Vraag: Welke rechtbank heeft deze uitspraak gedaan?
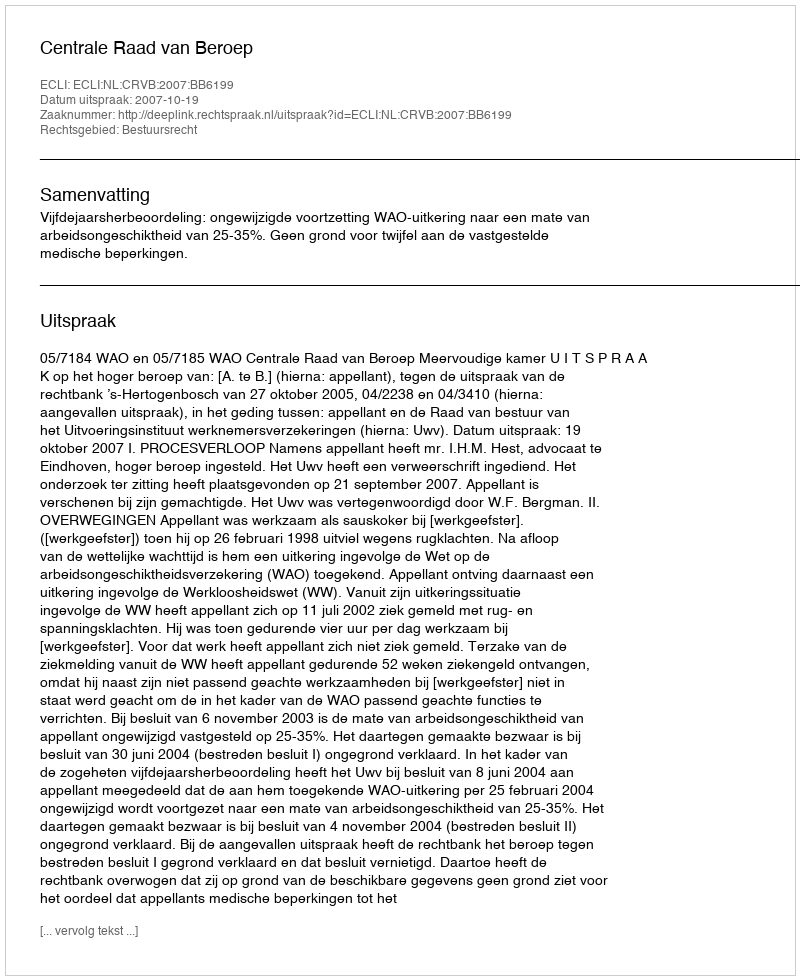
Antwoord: Centrale Raad van Beroep